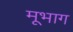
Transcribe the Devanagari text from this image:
मूभाग